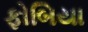
ફોબિયા